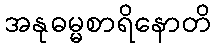
အနုဓမ္မစာရိနောတိ